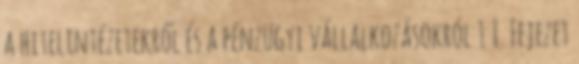
a hitelintézetekről és a pénzügyi vállalkozásokról 1 I. Fejezet